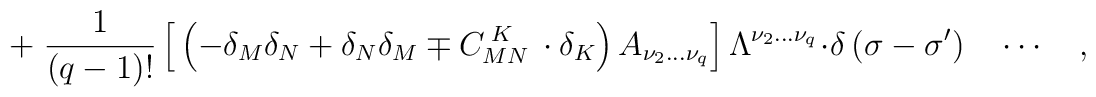
+\;\frac 1{\left( q-1\right) !}\left[ \,\left( -\delta _M\delta_N+\delta _N\delta _M\mp C_{MN}^{\;K}\,\cdot \delta _K\right) A_{\nu_2\ldots \nu _q}\right] \Lambda ^{\nu _2\ldots \nu _q}\cdot \delta \left(\sigma -\sigma ^{\prime }\right) \quad \cdots \quad ,